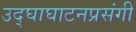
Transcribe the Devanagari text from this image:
उद्‌घाघाटनप्रसंगी